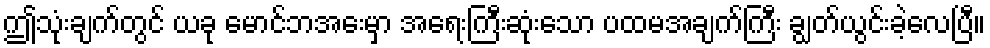
ဤသုံးချက်တွင် ယခု မောင်ဘအေးမှာ အရေးကြီးဆုံးသော ပထမအချက်ကြီး ချွတ်ယွင်းခဲ့လေပြီ။